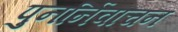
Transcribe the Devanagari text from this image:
पुनर्निवाचन